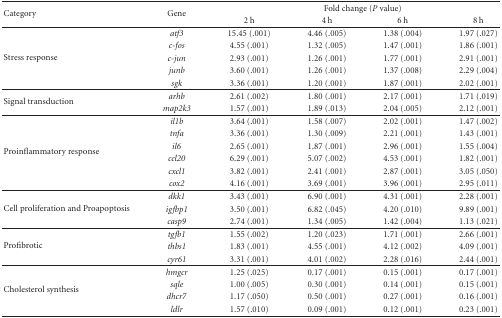
<table><thead><tr><td rowspan="2"><b>Category</b></td><td rowspan="2"><b>Gene</b></td><td colspan="4"><b>Foldchange (<i>P</i> value)</b></td></tr><tr><td><b>2 h</b></td><td><b>4 h</b></td><td><b>6 h</b></td><td><b>8 h</b></td></tr></thead><tbody><tr><td rowspan="5">Stress response</td><td><i>atf3</i></td><td>15.45 (.001)</td><td>4.46 (.005)</td><td>1.38 (.004)</td><td>1.97 (.027)</td></tr><tr><td><i>c-fos</i></td><td>4.55 (.001)</td><td>1.32 (.005)</td><td>1.47 (.001)</td><td>1.86 (.001)</td></tr><tr><td><i>c-jun</i></td><td>2.93 (.001)</td><td>1.26 (.001)</td><td>1.77 (.001)</td><td>2.91 (.001)</td></tr><tr><td><i>junb</i></td><td>3.60 (.001)</td><td>1.26 (.001)</td><td>1.37 (.008)</td><td>2.29 (.004)</td></tr><tr><td><i>sgk</i></td><td>3.36 (.001)</td><td>1.20 (.001)</td><td>1.87 (.001)</td><td>2.02 (.001)</td></tr><tr><td rowspan="2">Signal transduction</td><td><i>arhb</i></td><td>2.61 (.002)</td><td>1.80 (.001)</td><td>2.17 (.001)</td><td>1.71 (.019)</td></tr><tr><td><i>map2k3</i></td><td>1.57 (.001)</td><td>1.89 (.013)</td><td>2.04 (.005)</td><td>2.12 (.001)</td></tr><tr><td rowspan="6"> Proinflammatory response</td><td><i>il1b</i></td><td>3.64 (.001)</td><td>1.58 (.007)</td><td>2.02 (.001)</td><td>1.47 (.002)</td></tr><tr><td><i>tnfa</i></td><td>3.36 (.001)</td><td>1.30 (.009)</td><td>2.21 (.001)</td><td>1.43 (.001)</td></tr><tr><td><i>il6</i></td><td>2.65 (.001)</td><td>1.87 (.001)</td><td>2.96 (.001)</td><td>1.55 (.004)</td></tr><tr><td><i>ccl20</i></td><td>6.29 (.001)</td><td>5.07 (.002)</td><td>4.53 (.001)</td><td>1.82 (.001)</td></tr><tr><td><i>cxcl1</i></td><td>3.82 (.001)</td><td>2.41 (.001)</td><td>2.87 (.001)</td><td>3.05 (.050)</td></tr><tr><td><i>cox2</i></td><td>4.16 (.001)</td><td>3.69 (.001)</td><td>3.96 (.001)</td><td>2.95 (.011)</td></tr><tr><td rowspan="3">Cell proliferation and Proapoptosis</td><td><i>dkk1</i></td><td>3.43 (.001)</td><td>6.90 (.001)</td><td>4.31 (.001)</td><td>2.28 (.001)</td></tr><tr><td><i>igfbp1</i></td><td>3.50 (.001)</td><td>6.82 (.045)</td><td>4.20 (.010)</td><td>9.89 (.001)</td></tr><tr><td><i>casp9</i></td><td>2.74 (.001)</td><td>1.34 (.005)</td><td>1.42 (.004)</td><td>1.13 (.021)</td></tr><tr><td rowspan="3"> Profibrotic</td><td><i>tgfb1</i></td><td>1.55 (.002)</td><td>1.20 (.023)</td><td>1.71 (.001)</td><td>2.66 (.001)</td></tr><tr><td><i>thbs1</i></td><td>1.83 (.001)</td><td>4.55 (.001)</td><td>4.12 (.002)</td><td>4.09 (.001)</td></tr><tr><td><i>cyr61</i></td><td>3.31 (.001)</td><td>4.01 (.002)</td><td>2.28 (.016)</td><td>2.44 (.001)</td></tr><tr><td rowspan="4"> Cholesterol synthesis</td><td><i>hmgcr</i></td><td>1.25 (.025)</td><td>0.17 (.001)</td><td>0.15 (.001)</td><td>0.17 (.001)</td></tr><tr><td><i>sqle</i></td><td>1.00 (.005)</td><td>0.30 (.001)</td><td>0.14 (.001)</td><td>0.15 (.001)</td></tr><tr><td><i>dhcr7</i></td><td>1.17 (.050)</td><td>0.50 (.001)</td><td>0.27 (.001)</td><td>0.16 (.001)</td></tr><tr><td><i>ldlr</i></td><td>1.57 (.010)</td><td>0.09 (.001)</td><td>0.12 (.001)</td><td>0.23 (.001)</td></tr></tbody></table>